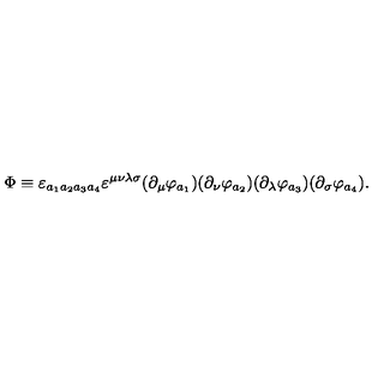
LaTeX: \Phi \equiv \varepsilon _ { a _ { 1 } a _ { 2 } a _ { 3 } a _ { 4 } } \varepsilon ^ { \mu \nu \lambda \sigma } ( \partial _ { \mu } \varphi _ { a _ { 1 } } ) ( \partial _ { \nu } \varphi _ { a _ { 2 } } ) ( \partial _ { \lambda } \varphi _ { a _ { 3 } } ) ( \partial _ { \sigma } \varphi _ { a _ { 4 } } ) .